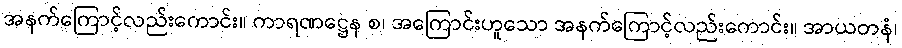
အနက်ကြောင့်လည်းကောင်း။ ကာရဏဋ္ဌေန စ၊ အကြောင်းဟူသော အနက်ကြောင့်လည်းကောင်း။ အာယတနံ၊